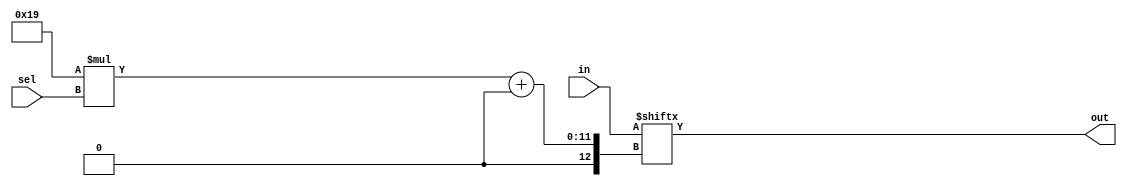
module mux64to1_1600(input [1599:0] in, input [5:0] sel, output [24:0] out);
	assign out = in[25*sel +: 25];
endmodule